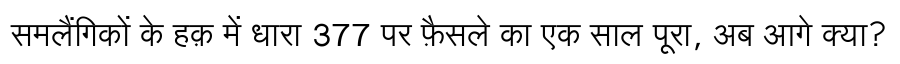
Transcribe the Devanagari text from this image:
समलैंगिकों के हक़ में धारा 377 पर फ़ैसले का एक साल पूरा, अब आगे क्या?